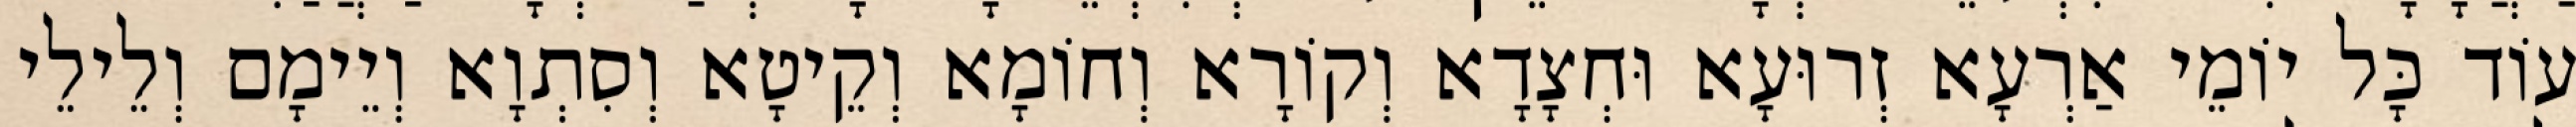
עוֹד כָּל יוֹמֵי אַרְעָא זְרוּעָא וּחְצָדָא וְקוֹרָא וְחוֹמָא וְקֵיטָא וְסִתְוָא וְיֵימָם וְלֵילֵי